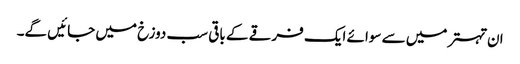
ان تہتر میں سے سوائے ایک فرقے کے باقی سب دوزخ میں جائیں گے۔